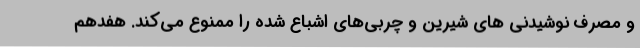
و مصرف نوشیدنی های شیرین و چربی‌های اشباع شده را ممنوع می‌کند. هفدهم